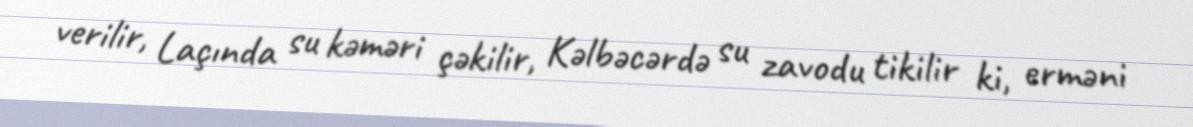
verilir, Laçında su kəməri çəkilir, Kəlbəcərdə su zavodu tikilir ki, erməni